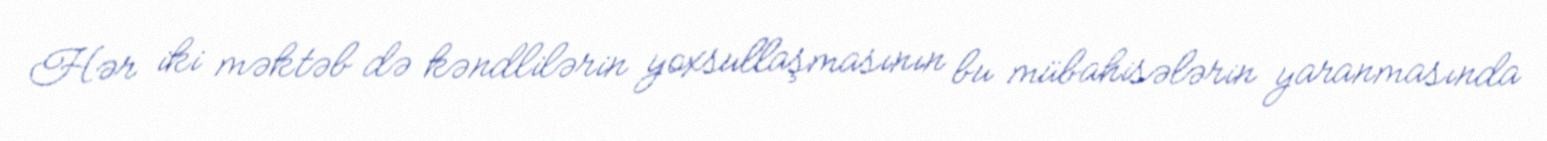
Hər iki məktəb də kəndlilərin yoxsullaşmasının bu mübahisələrin yaranmasında